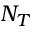
N _ { T }